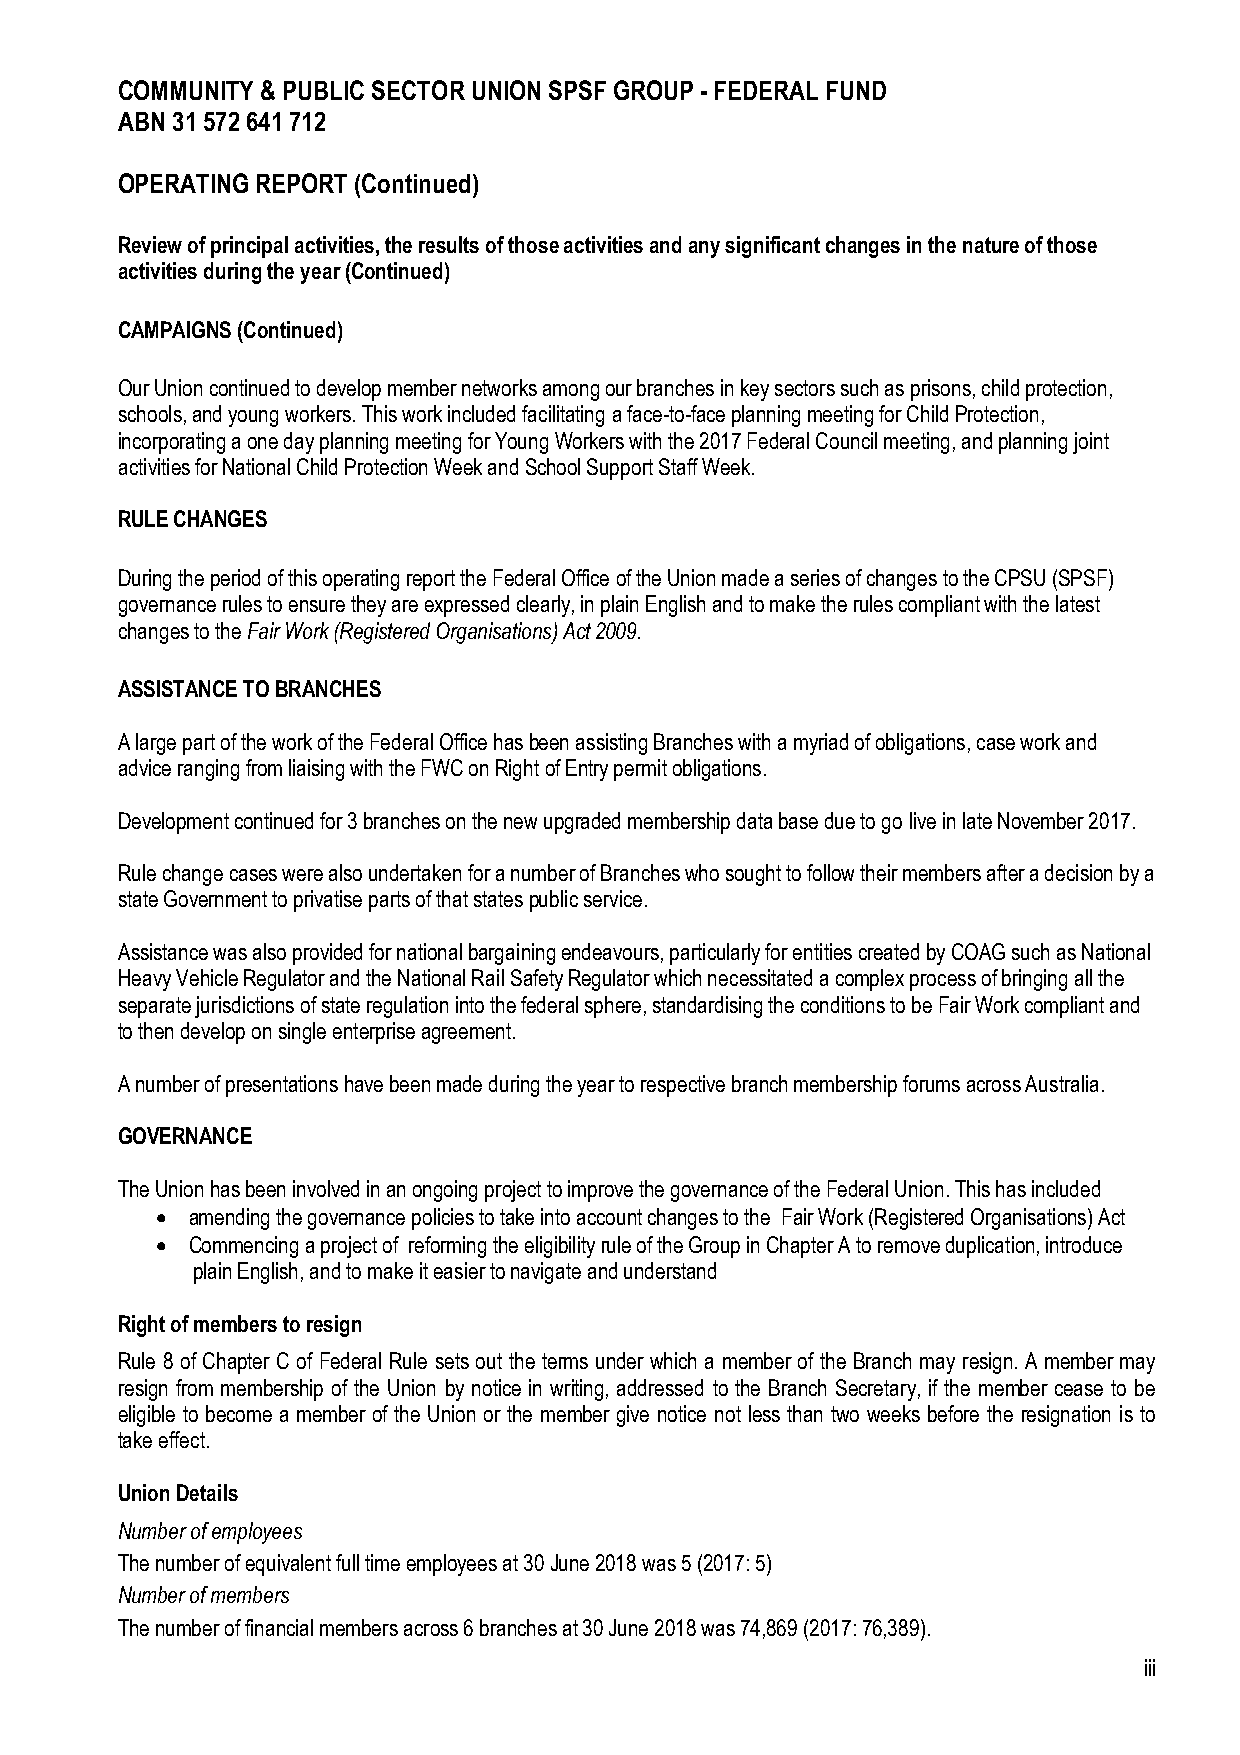
COMMUNITY & PUBLIC SECTOR UNION SPSF GROUP - FEDERAL FUND
 ABN 31 572 641 712
 OPERATING REPORT (Continued)
 Review of principal activities, the results of those activities and any significant changes in the nature of those
 activities during the year (Continued)
 CAMPAIGNS (Continued)
 Our Union continued to develop member networks among our branches in key sectors such as prisons, child protection,
 schools, and young workers. This work included facilitating a face-to-face planning meeting for Child Protection,
 incorporating a one day planning meeting for Young Workers with the 2017 Federal Council meeting, and planning joint
 activities for National Child Protection Week and School Support Staff Week.
 RULE CHANGES
 During the period of this operating report the Federal Office of the Union made a series of changes to the CPSU (SPSF)
 governance rules to ensure they are expressed clearly, in plain English and to make the rules compliant with the latest
 changes to the Fair Work (Registered Organisations) Act 2009.
 ASSISTANCE TO BRANCHES
 A large part of the work of the Federal Office has been assisting Branches with a myriad of obligations, case work and
 advice ranging from liaising with the FWC on Right of Entry permit obligations.
 Development continued for 3 branches on the new upgraded membership data base due to go live in late November 2017.
 Rule change cases were also undertaken for a number of Branches who sought to follow their members after a decision by a
 state Government to privatise parts of that states public service.
 Assistance was also provided for national bargaining endeavours, particularly for entities created by COAG such as National
 Heavy Vehicle Regulator and the National Rail Safety Regulator which necessitated a complex process of bringing all the
 separate jurisdictions of state regulation into the federal sphere, standardising the conditions to be Fair Work compliant and
 to then develop on single enterprise agreement.
 A number of presentations have been made during the year to respective branch membership forums across Australia.
 GOVERNANCE
 The Union has been involved in an ongoing project to improve the governance of the Federal Union. This has included
 • amending the governance policies to take into account changes to the Fair Work (Registered Organisations) Act
 • Commencing a project of reforming the eligibility rule of the Group in Chapter A to remove duplication, introduce
 plain English, and to make it easier to navigate and understand
 Right of members to resign
 Rule 8 of Chapter C of Federal Rule sets out the terms under which a member of the Branch may resign. A member may
 resign from membership of the Union by notice in writing, addressed to the Branch Secretary, if the member cease to be
 eligible to become a member of the Union or the member give notice not less than two weeks before the resignation is to
 take effect.
 Union Details
 Number of employees
 The number of equivalent full time employees at 30 June 2018 was 5 (2017: 5)
 Number of members
 The number of financial members across 6 branches at 30 June 2018 was 74,869 (2017: 76,389).
 iii